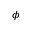
\phi